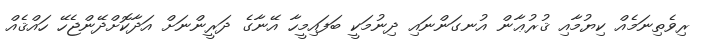
ރިވެތިނަމެއް ކިޔުމާއި ޤުރުޢާން އުނގަންނައި ދިނުމަކީ ބަފައިމީހާ އޭނާގެ ދަރީންނަށް އަދާކޮށްދޭންޖެހޭ ހައްޤެއް